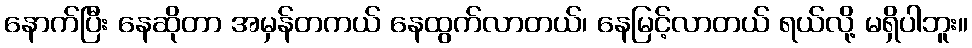
နောက်ပြီး နေဆိုတာ အမှန်တကယ် နေထွက်လာတယ်၊ နေမြင့်လာတယ် ရယ်လို့ မရှိပါဘူး။